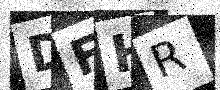
Text: DFHR